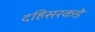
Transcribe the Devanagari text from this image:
दहिसरकडे